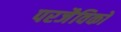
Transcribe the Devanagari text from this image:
परजैविकों